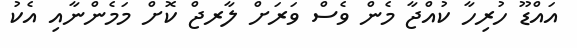
އައްޑޫ ހުރިހާ ކުއްޖާ މެން ވެސް ވަރަށް ލާރޖް ކޮށް މަމެންނާއި އެކު